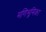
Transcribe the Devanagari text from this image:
मणिभूमिका